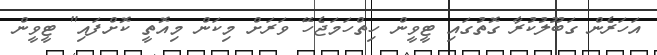
އަހަރެން ގަބޫލުކުރާ ގޮތުގައި ޓީވީން ހިތްހަމަޖެހޭ ވަރަށް މިކަން މިއޮތީ ކޮށްފައި" ޓީވީން